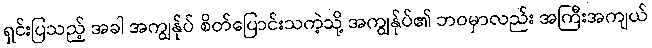
ရှင်းပြသည့် အခါ အကျွန်ုပ် စိတ်ပြောင်းသကဲ့သို့ အကျွန်ုပ်၏ ဘဝမှာလည်း အကြီးအကျယ်